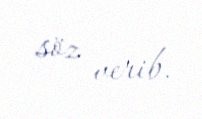
söz verib.